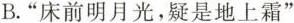
B.”床前明月光，疑是地上霜”